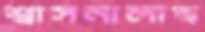
শ্বাসনালীর